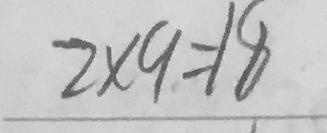
2 \times 9 = 1 8